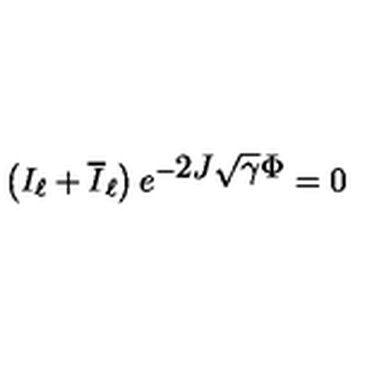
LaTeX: \left( I _ { \ell } + \overline { I } _ { \ell } \right) e ^ { - \displaystyle 2 J \sqrt { \gamma } \Phi } = 0